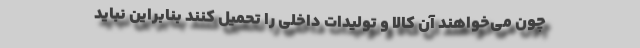
چون می‌خواهند آن کالا و تولیدات داخلی را تحمیل کنند بنابراین نباید